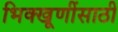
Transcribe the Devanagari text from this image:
भिक्खूणींसाठी